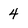
Character: 4